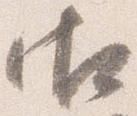
御